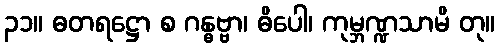
၃၁။ ဓတရဋ္ဌော စ ဂန္ဓဗ္ဗာ၊ ဓိပေါ၊ ကုမ္ဘဏ္ဍသာမိ တု။